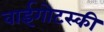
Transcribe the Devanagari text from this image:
वाईगोटस्की